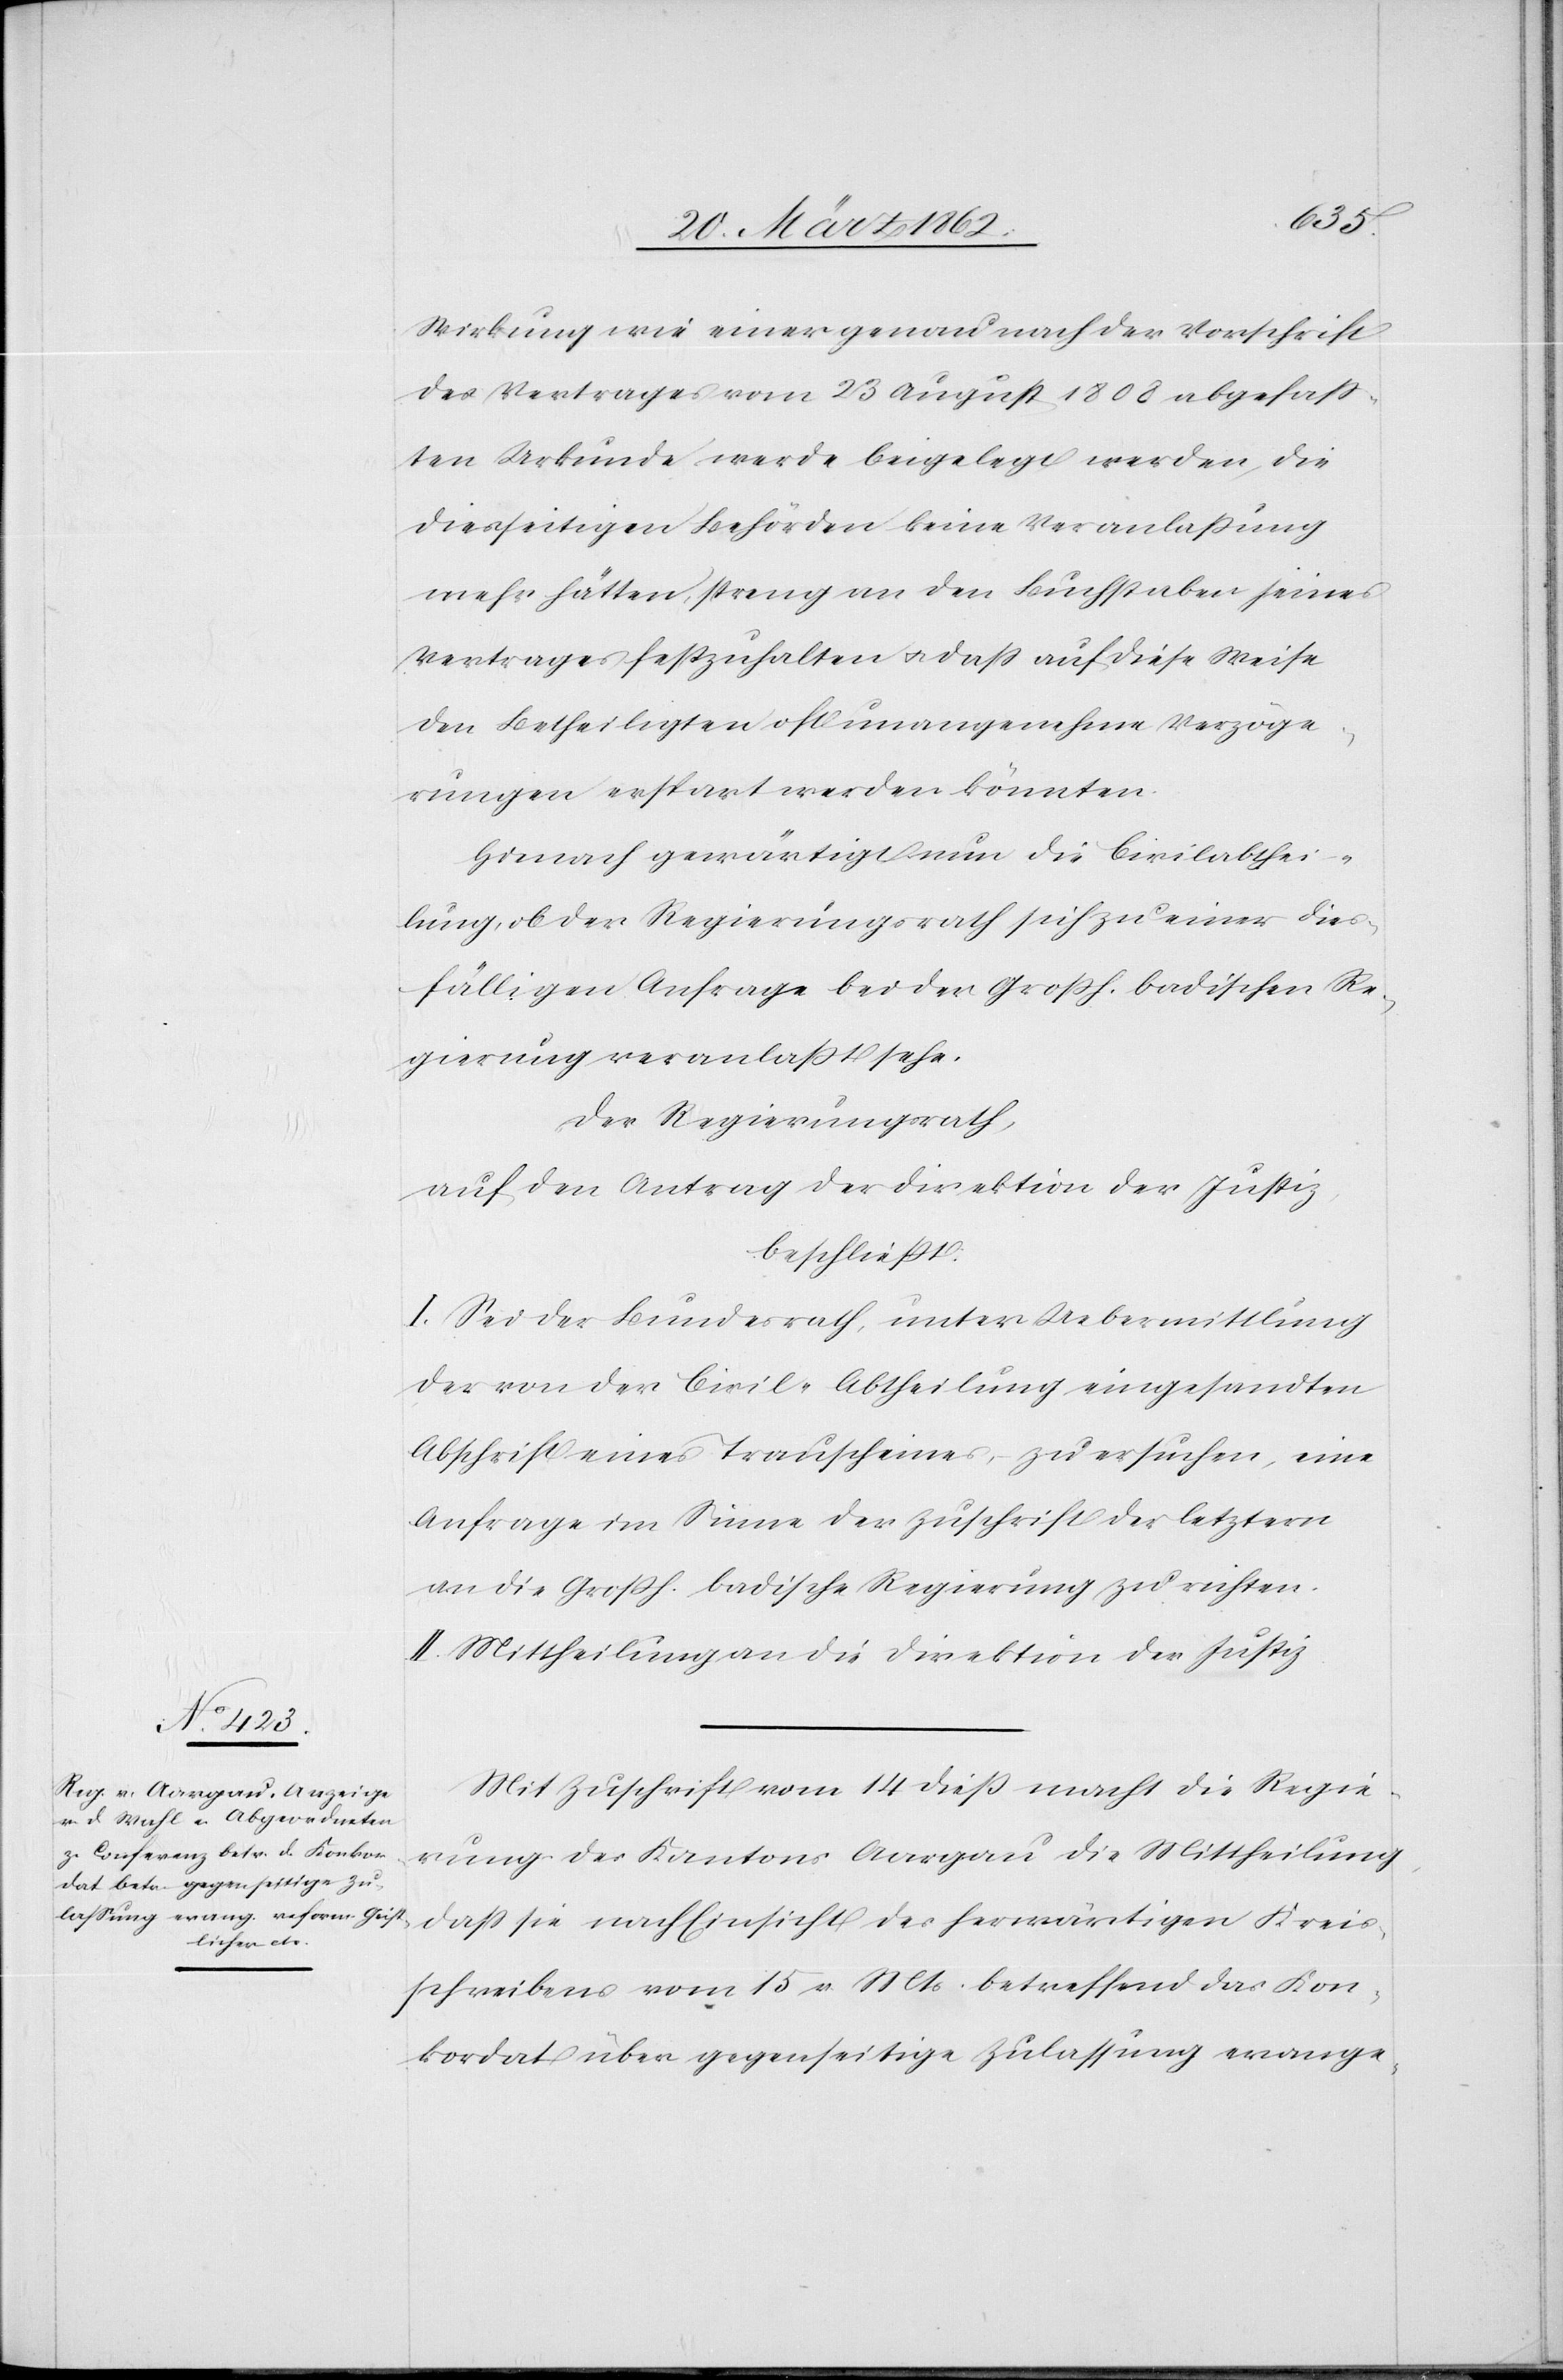
Wirkung wie einer genau nach der Vorschrift
des Vertrages vom 23 August 1808 abgefaß¬
ten Urkunde werde beigelegt werden, die
diesseitigen Behörden keine Veranlaßung
mehr hätten, streng an den Buchstaben jenes
Vertrages festzuhalten u. daß auf diese Weise
den Betheiligten oft unangenehme Verzöge¬
rungen erspart werden könnten.
Hienach gewärtigt nun die Civilabthei¬
lung, ob der Regierungsrath sich zu einer dies¬
fälligen Anfrage bei der Großh. badischen Re¬
gierung veranlaßt sehe.
Der Regierungsrath,
auf den Antrag der Direktion der Justiz,
beschließt:
I. Sei der Bundesrath, unter Uebermittlung
der von der Civil-Abtheilung eingesandten
Abschrift eines Trauscheines zu ersuchen, eine
Anfrage im Sinne der Zuschrift der letztern
an die Großh. badische Regierung zu richten.
II. Mittheilung an Direktion der Justiz.
Mit Zuschrift vom 14 dieß macht die Regie¬
rung des Kantons Aargau die Mittheilung,
daß sie nach Einsicht des herwärtigen Kreis¬
schreibens vom 15 v. Mts. betreffend das Kon¬
kordat über gegenseitige Zulassung evange-